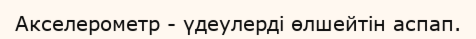
Акселерометр - үдеулерді өлшейтін аспап.